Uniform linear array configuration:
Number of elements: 4
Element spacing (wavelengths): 0.75
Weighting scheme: blackman
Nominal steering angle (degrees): -60
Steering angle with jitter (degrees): -61.131
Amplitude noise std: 0.05
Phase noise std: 0.05

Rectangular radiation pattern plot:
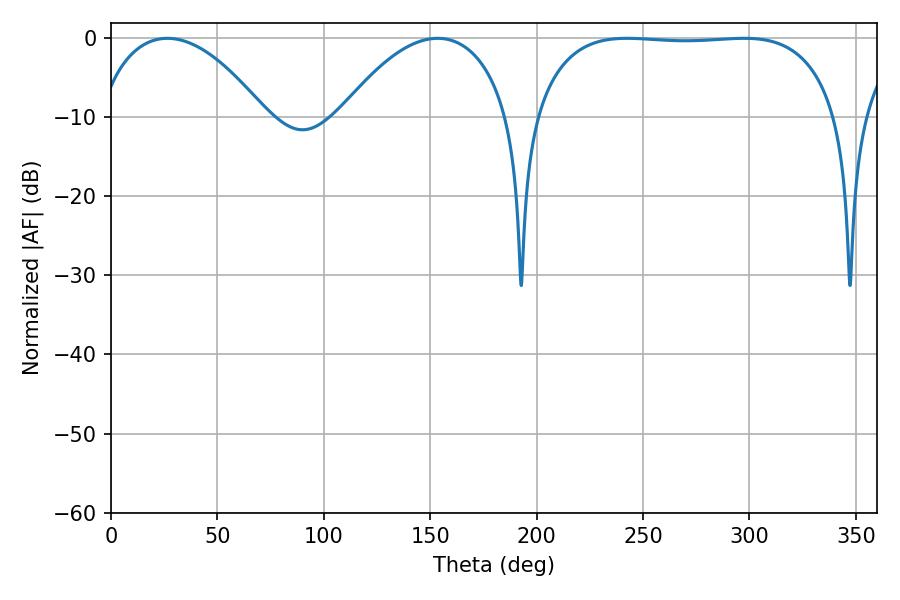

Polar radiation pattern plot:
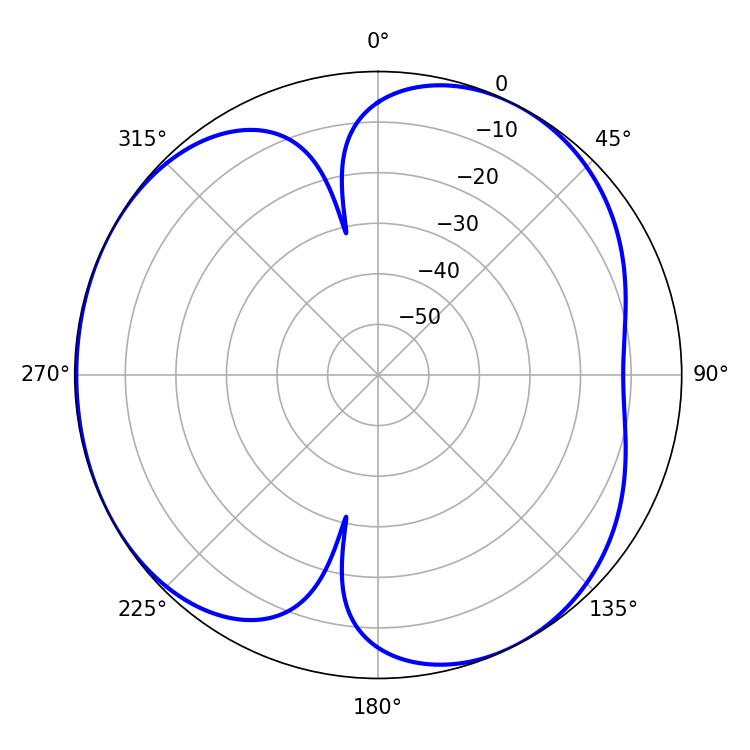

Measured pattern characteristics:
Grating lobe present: TRUE
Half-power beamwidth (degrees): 44.64
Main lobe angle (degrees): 26.46